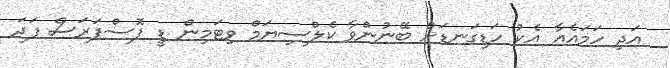
އަދި ހަމައެއާ އެކު ހަޑިގަނޑަށް ބޭނުންވާ ކެލްސިޔަމް ވިޓަމިން ޑީ ފޮސްފަރަސް ފަދަ